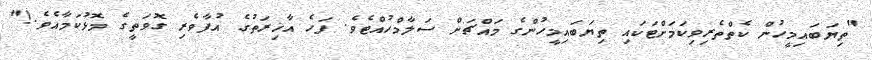
"ތިޔަބައިމީހުން ކެތްތެރިވިކަމަށްޓަކައި ތިޔަބައިމީހުންގެ މައްޗަށް ސަލާމްހުއްޓެވެ. ފަހެ އާޚިރަތުގެ އުފާވެރި ގޮވަތީގެ މޮޅުކަމާއެވެ.!"